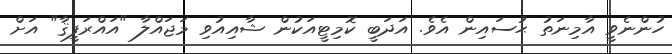
ހުންނެވީ އާމިނަތު ޙުސައިން އެވެ. އަދަބީ ކޮމިޓީއަކުން ޝާއިއުވި މަޖައްލާ "އައްރަފީޤާ" އަށް